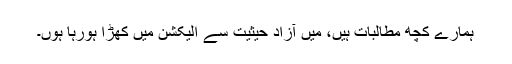
ہمارے کچھ مطالبات ہیں، میں آزاد حیثیت سے الیکشن میں کھڑا ہورہا ہوں۔